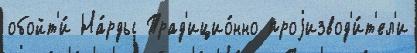
обойт'и́ На́рды Трад'ицио́нно проjизвод'и́т'ел'и